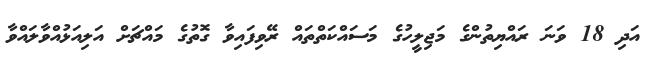
އަދި 18 ވަނަ ރައްޔިތުންގެ މަޖިލީހުގެ މަސައްކަތްތައް ރޭވިފައިވާ ގޮތުގެ މައްޗަށް އަލިއަޅުއްވާލައްވާ